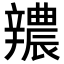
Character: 𨐺